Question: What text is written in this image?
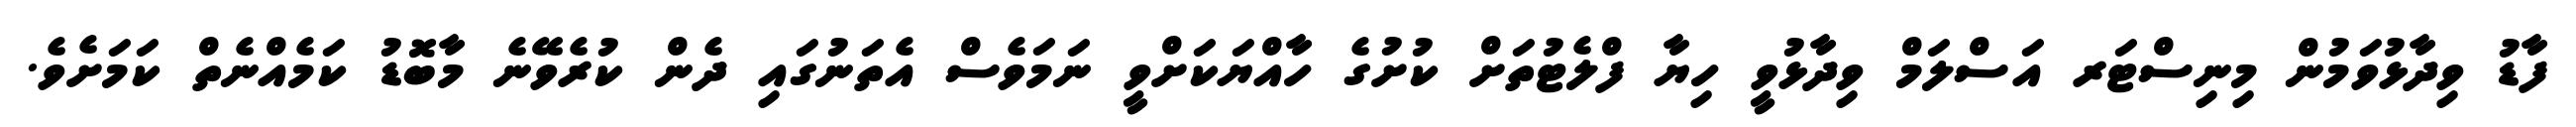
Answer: ފާޑު ވިދާޅުވަމުން މިނިސްޓަރ އަސްލަމް ވިދާޅުވީ ހިޔާ ފްލެޓުތަށް ކުށުގެ ހާއްޔަކަށްވީ ނަމަވެސް އެތަނުގައި ދެން ކުރެވޭނެ މާބޮޑު ކަމެއްނެތް ކަމަށެވެ.